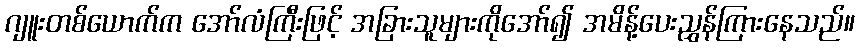
ဂျူးတစ်ယောက်က အော်လံကြီးဖြင့် အခြားသူများကိုအော်၍ အမိန့်ပေးညွှန်ကြားနေသည်။